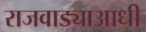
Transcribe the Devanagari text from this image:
राजवाड्याआधी